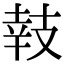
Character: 𢻏